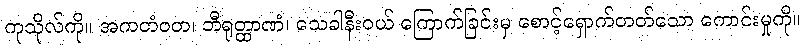
ကုသိုလ်ကို။ အကတံဝတ၊ ဘီရုတ္ထာဏံ၊ သေခါနီးဝယ် ကြောက်ခြင်းမှ စောင့်ရှောက်တတ်သော ကောင်းမှုကို။